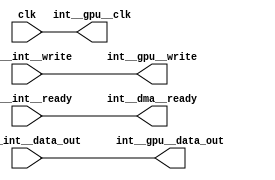
module gpu_dma_interface (
    input              clk,
    //Read interface (DMA out->GPU in).
    input              dma__int__write,
    output wire        int__dma__ready,
    input [15:0]       dma__int__data_out,
                          
    output wire        int__gpu__clk,
    output wire        int__gpu__write,
    input              gpu__int__ready,
    output wire [15:0] int__gpu__data_out);

   assign int__dma__ready = gpu__int__ready;
   assign int__gpu__clk = clk;
   assign int__gpu__write = dma__int__write;
   assign int__gpu__data_out = dma__int__data_out;

endmodule